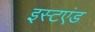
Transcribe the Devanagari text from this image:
इस्टएंड